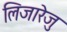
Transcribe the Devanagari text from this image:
लिजारेजु